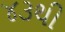
૪૩થી